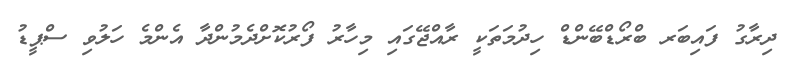
ދިރާގު ފައިބަރ ބްރޯޑްބޭންޑް ހިދުމަތަކީ ރާއްޖޭގައި މިހާރު ފޯރުކޮށްދެމުންދާ އެންމެ ހަލުވި ސްޕީޑު